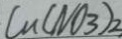
C u ( N O _ { 3 } ) _ { 2 }